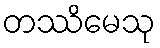
တဿိမေသု